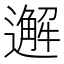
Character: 邂